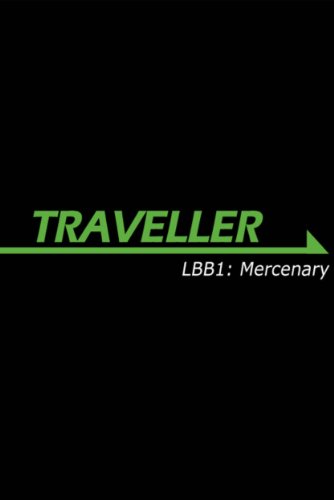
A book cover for Traveller LBB1: Mercenary (Traveller Sci-Fi Roleplaying); TBC; Science Fiction & Fantasy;